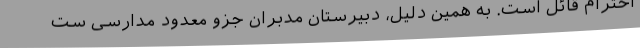
احترام قائل است. به همین دلیل، دبیرستان مدبران جزو معدود مدارسی ست